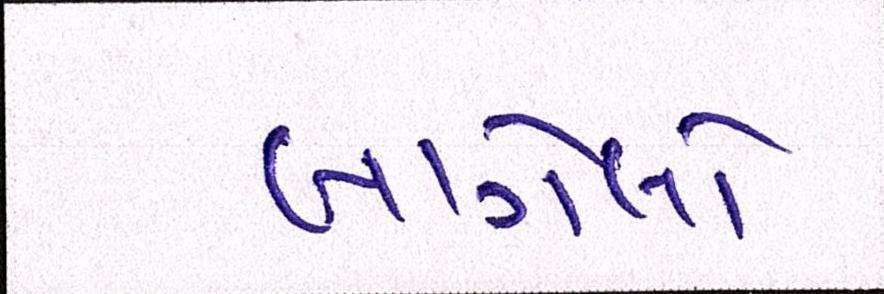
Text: લાગેલો